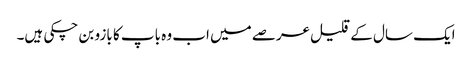
ایک سال کے قلیل عرصے میں اب وہ باپ کا بازو بن چکی ہیں۔